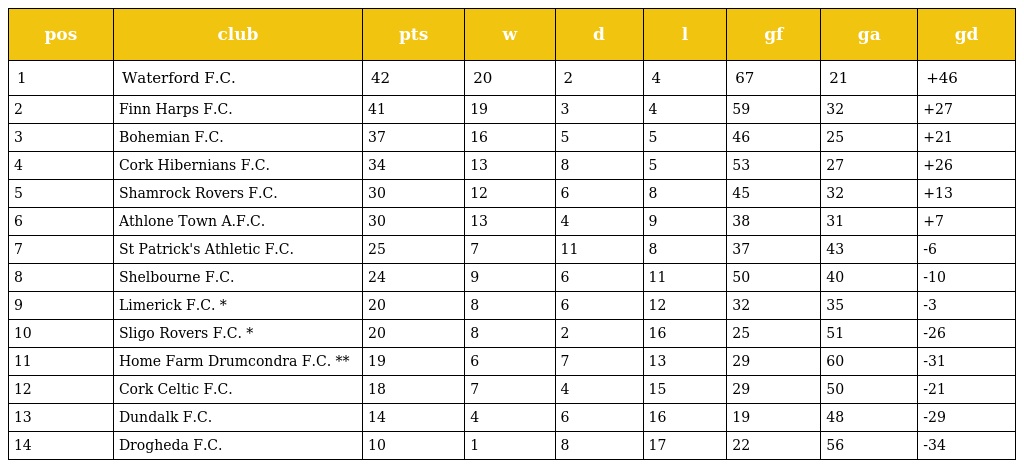
| pos | club | pts | w | d | l | gf | ga | gd |
 | --- | --- | --- | --- | --- | --- | --- | --- | --- |
 | 1 | Waterford F.C. | 42 | 20 | 2 | 4 | 67 | 21 | +46 |
 | 2 | Finn Harps F.C. | 41 | 19 | 3 | 4 | 59 | 32 | +27 |
 | 3 | Bohemian F.C. | 37 | 16 | 5 | 5 | 46 | 25 | +21 |
 | 4 | Cork Hibernians F.C. | 34 | 13 | 8 | 5 | 53 | 27 | +26 |
 | 5 | Shamrock Rovers F.C. | 30 | 12 | 6 | 8 | 45 | 32 | +13 |
 | 6 | Athlone Town A.F.C. | 30 | 13 | 4 | 9 | 38 | 31 | +7 |
 | 7 | St Patrick's Athletic F.C. | 25 | 7 | 11 | 8 | 37 | 43 | -6 |
 | 8 | Shelbourne F.C. | 24 | 9 | 6 | 11 | 50 | 40 | -10 |
 | 9 | Limerick F.C. * | 20 | 8 | 6 | 12 | 32 | 35 | -3 |
 | 10 | Sligo Rovers F.C. * | 20 | 8 | 2 | 16 | 25 | 51 | -26 |
 | 11 | Home Farm Drumcondra F.C. ** | 19 | 6 | 7 | 13 | 29 | 60 | -31 |
 | 12 | Cork Celtic F.C. | 18 | 7 | 4 | 15 | 29 | 50 | -21 |
 | 13 | Dundalk F.C. | 14 | 4 | 6 | 16 | 19 | 48 | -29 |
 | 14 | Drogheda F.C. | 10 | 1 | 8 | 17 | 22 | 56 | -34 |